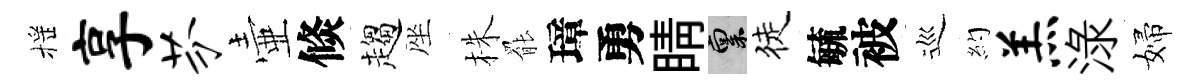
摇享芬壷倐趨座株罷璋勇睛禀徒毓被巡約羔渌婦